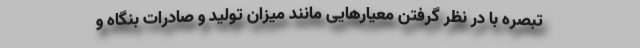
تبصره با در نظر گرفتن معیارهایی مانند میزان تولید و صادرات بنگاه و